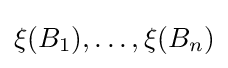
\xi (B_{1}),\ldots ,\xi (B_{n})